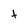
Character: t